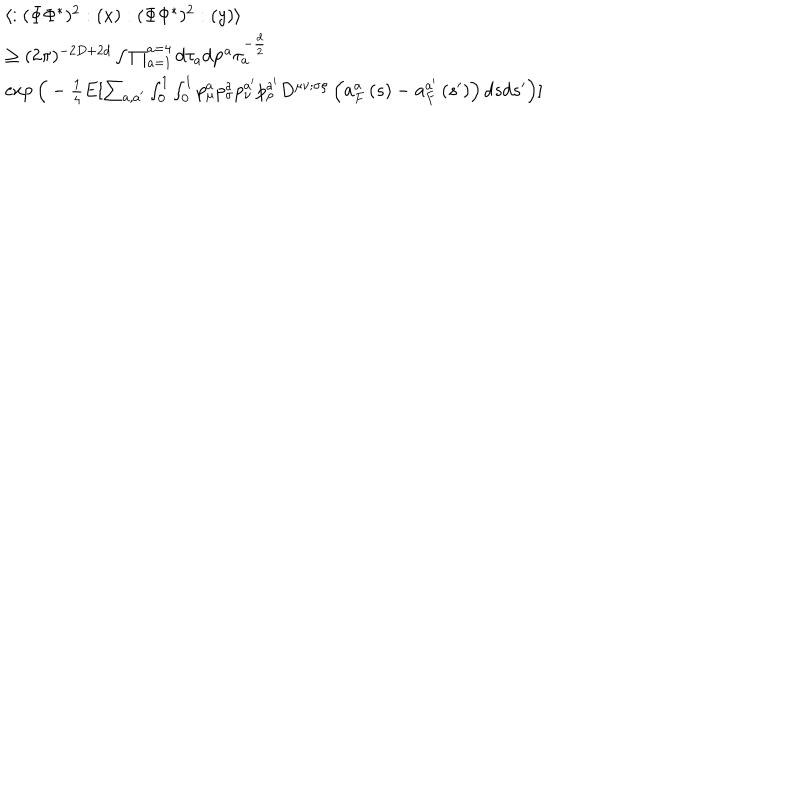
\begin{array} { l } { { \langle : ( \Phi \Phi ^ { * } ) ^ { 2 } : ( x ) : ( \Phi \Phi ^ { * } ) ^ { 2 } : ( y ) \rangle } } \\ { { \geq ( 2 \pi ) ^ { - 2 D + 2 d } \int \prod _ { a = 1 } ^ { a = 4 } d \tau _ { a } d { \bf p } ^ { a } \tau _ { a } ^ { - \frac { d } { 2 } } } } \\ { { \exp \Big ( - \frac { 1 } { 4 } E [ \sum _ { a , a ^ { \prime } } \int _ { 0 } ^ { 1 } \int _ { 0 } ^ { 1 } p _ { \mu } ^ { a } p _ { \sigma } ^ { a } p _ { \nu } ^ { a ^ { \prime } } p _ { \rho } ^ { a ^ { \prime } } D ^ { \mu \nu ; \sigma \rho } \left( { \bf a } _ { F } ^ { a } \left( s \right) - { \bf a } _ { F } ^ { a ^ { \prime } } \left( s ^ { \prime } \right) \right) d s d s ^ { \prime } \Big ) ] } } \\ \end{array}